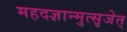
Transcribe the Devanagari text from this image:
महदज्ञान्मुत्सृजेत्